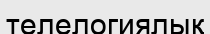
телелогиялық